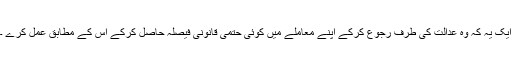
ایک یہ کہ وہ عدالت کی طرف رجوع کرکے اپنے معاملے میں کوئی حتمی قانونی فیصلہ حاصل کرکے اُس کے مطابق عمل کرے ۔